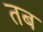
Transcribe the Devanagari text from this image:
तब